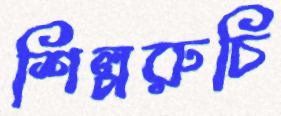
শিল্পরুচি